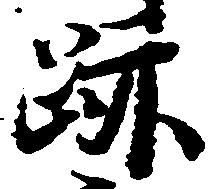
跡